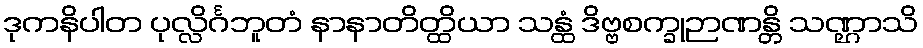
ဒုကနိပါတ ပုလ္လိင်္ဂဘူတံ နာနာတိတ္ထိယာ သန္ထံ ဒိဗ္ဗစက္ခုဉာဏန္တိ သဏ္ဌာသိ